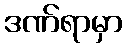
ဒဏ်ရာမှာ